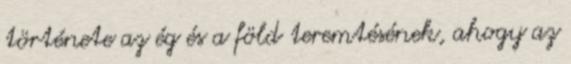
története az ég és a föld teremtésének, ahogy az